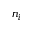
n _ { i }